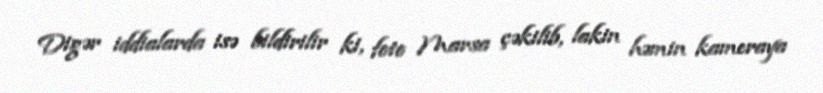
Digər iddialarda isə bildirilir ki, foto Marsa çəkilib, lakin həmin kameraya